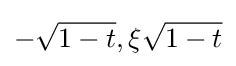
-{\sqrt {1-t}},\xi {\sqrt {1-t}}